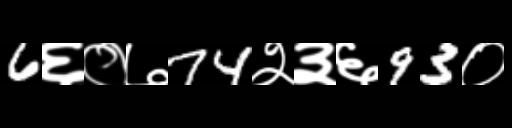
Text: 6६०७74२३६93०